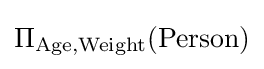
\Pi _{\text{Age,Weight}}({\text{Person}})